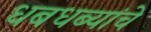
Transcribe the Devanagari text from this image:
धबधब्यांचे